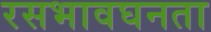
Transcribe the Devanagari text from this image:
रसभावघनता